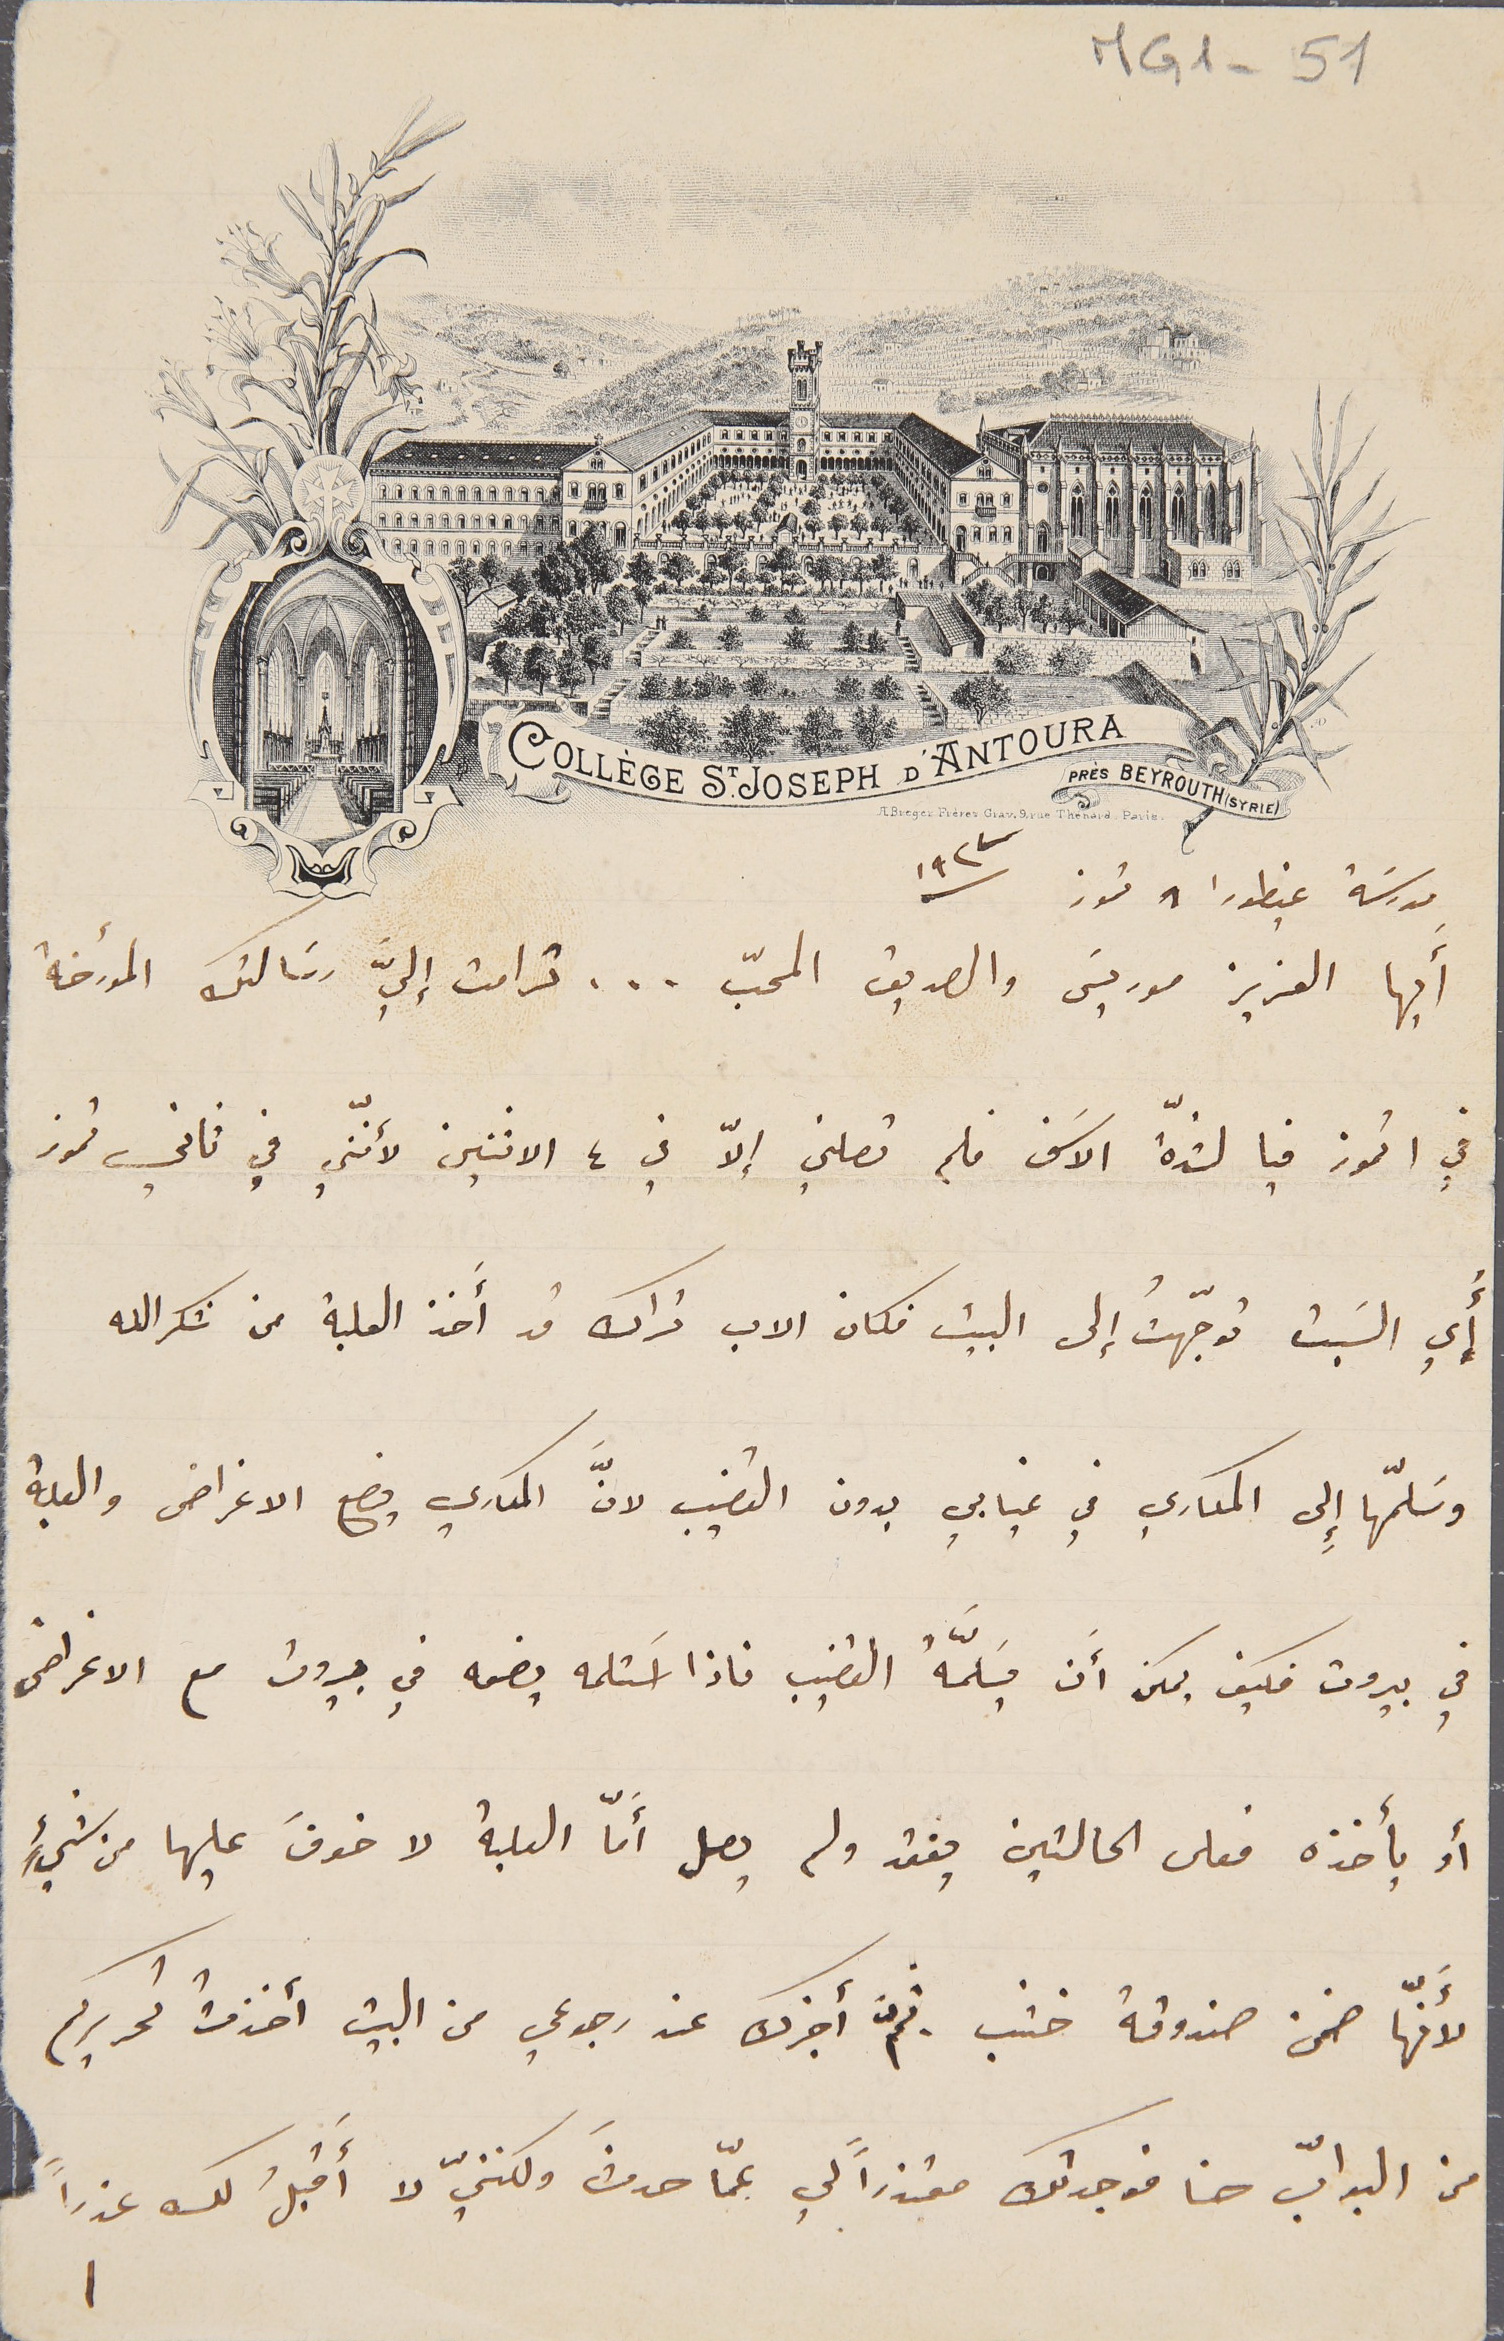
MG1-51
 ل
مدرسَة عينطورا ٨ تموز سنة ١٩٢٧
أَيها العزيز موريسَ والصديق المحبّ ... ترامت إليَّ رسَالتك المؤرخة
في ١ تموز فيا لشدّة الاسَف فلم تصلني الاّ في ٤ الاثنين لأننّي في ثاني تموز
أي السَبت توجّهتُ إلى البيت فكان الاب تراك قد أَخذ العلبة من شكرالله
وسَلمّها إِلى المكاري في غيابي بدون القضيب لانَّ المكاري يضع الاغراض والعلبة
في بيروت فكيف  يمكن أَن يسَلَّمهُ القضيب فاذا اَستلمه يضمه في بيروت مع الاغراض
أو يأخذه فعلى الحالتين يفقد ولم يصل أَمّا العلبة لا خوفَ عليها من شيءٍ
لأَنّها ضمن صندوقة خشب ثمَّ أخبرك عن رجوعي من البيت أخذتُ تحريركم
من البوابّ هنا فوجدتك معتذراً لي عمّا حدثَ ولكننيّ لا أَقبلُ لك عذراً